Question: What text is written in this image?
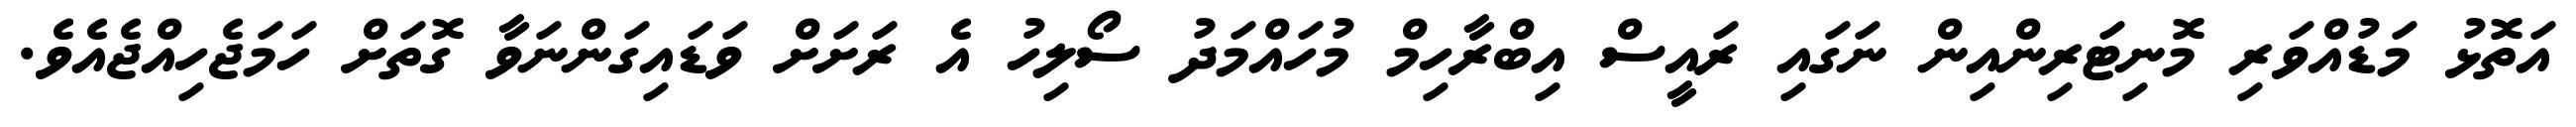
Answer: އަތޮޅު މަޑުއްވަރި މޮނިޓަރިންއިން ނަގައި ރައީސް އިބްރާހިމް މުހައްމަދު ސޯލިހު އެ ރަށަށް ވަޑައިގަންނަވާ ގޮތަށް ހަމަޖެހިއްޖެއެވެ.